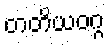
တတိယဝဂ္ဂ